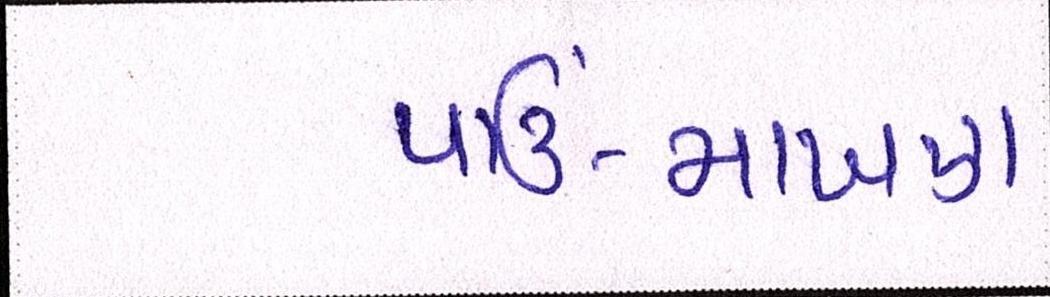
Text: પાઉં-માખણ